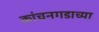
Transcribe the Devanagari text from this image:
कांचनगडाच्या